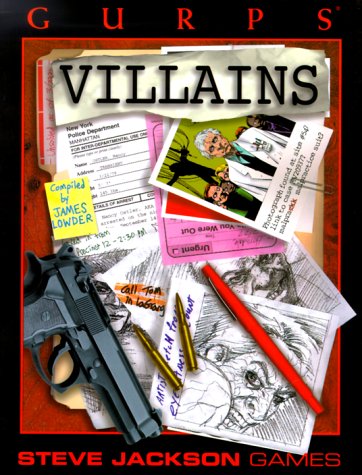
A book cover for GURPS Villains (GURPS: Generic Universal Role Playing System); Science Fiction & Fantasy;